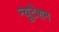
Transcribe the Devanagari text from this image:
न्यूटेशन